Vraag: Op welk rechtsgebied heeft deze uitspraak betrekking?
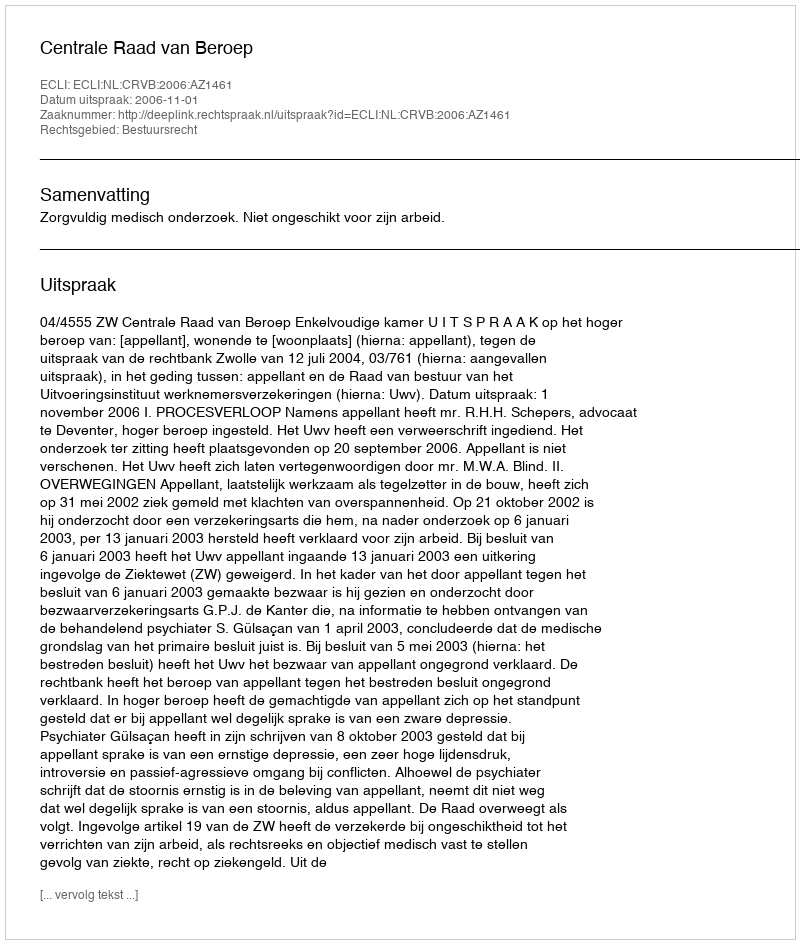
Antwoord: Bestuursrecht